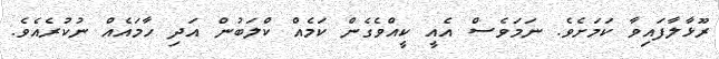
ރޫޅާލާފައިވާ ކަމަށެވެ. ނަމަވެސް އެއީ ކީއްވެގެން ކަމެއް ކްލަބުން އަދި ހާމައެއް ނުކުރެއެވެ.